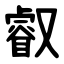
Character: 叡